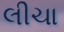
લીચા